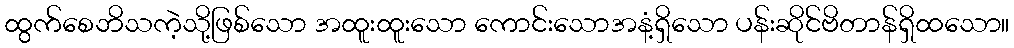
ထွက်စေဘိသကဲ့သို့ဖြစ်သော အထူးထူးသော ကောင်းသောအနံ့ရှိသော ပန်းဆိုင်ဗိတာန်ရှိထသော။